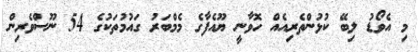
މި އެވޯޑު ލިބޭ ކުޅުންތެރިއެއް ހޮވާނީ ޔޫއެފާގެ މެމްބަރު ގައުމުތަކުގެ 54 ނޫސްވެރިން